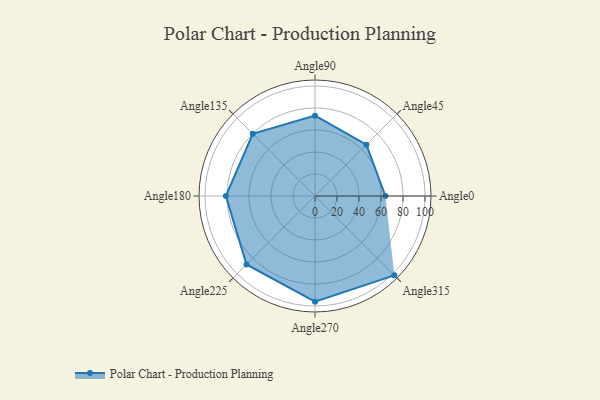
{"axis": {"x": "Angle", "y": "Radius"}, "legend": [""], "data": [{"x": "Angle0", "y": 64.0, "type": ""}, {"x": "Angle45", "y": 66.0, "type": ""}, {"x": "Angle90", "y": 73.0, "type": ""}, {"x": "Angle135", "y": 80.0, "type": ""}, {"x": "Angle180", "y": 81.0, "type": ""}, {"x": "Angle225", "y": 88.0, "type": ""}, {"x": "Angle270", "y": 96.0, "type": ""}, {"x": "Angle315", "y": 102.0, "type": ""}]}